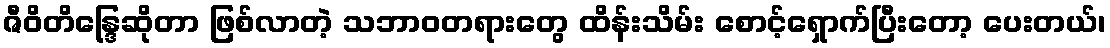
ဇီဝိတိန္ဒြေဆိုတာ ဖြစ်လာတဲ့ သဘာဝတရားတွေ ထိန်းသိမ်း စောင့်ရှောက်ပြီးတော့ ပေးတယ်၊